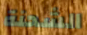
الشحنة